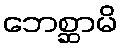
ဘေစ္ဆာမိ